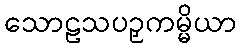
သောဠသပဉှကမ္မိယာ